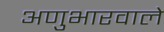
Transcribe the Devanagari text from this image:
अणुभारवाले